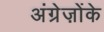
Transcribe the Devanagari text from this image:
अंग्रेज़ोंके